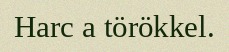
Harc a törökkel.